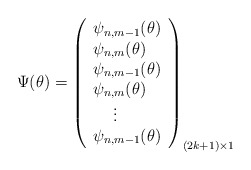
\begin{align*}\Psi(\theta)= \left( \begin{array}{lr} \psi_{n,m-1}(\theta) \\ \psi_{n,m}(\theta) \\ \psi_{n,m-1}(\theta) \\ \psi_{n,m}(\theta) \\ \,\,\,\,\,\,\,\vdots\\ \psi_{n,m-1}(\theta) \\ \end{array} \right)_{(2k+1) \times 1}\end{align*}